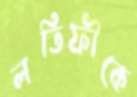
লতিফীকে